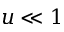
u \ll 1